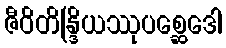
ဇီဝိတိန္ဒြိယဿုပစ္ဆေဒေါ